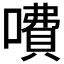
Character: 𠾚